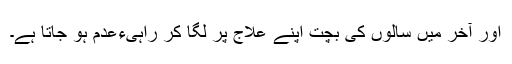
اور آخر میں سالوں کی بچت اپنے علاج پر لگا کر راہیءعدم ہو جاتا ہے۔